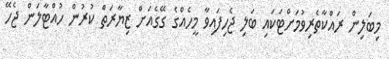
މިބަލިން ރައްކާތެރިވުމަށްޓަކައި ބަލި ޖެހިފައިވާ މީހެއްގެ ގޭގެއަށް ޒިޔާރަތް ކުރުން ހުއްޓާލަން ޖެހޭ